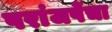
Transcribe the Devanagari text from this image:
परांजपेंचा